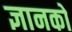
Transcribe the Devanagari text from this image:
ज्ञानको